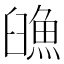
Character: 𩶿